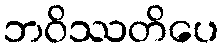
ဘဝိဿတိပေ